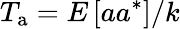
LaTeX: T_{\mathrm{a}}=E\left[aa^{\ast}\right]/k